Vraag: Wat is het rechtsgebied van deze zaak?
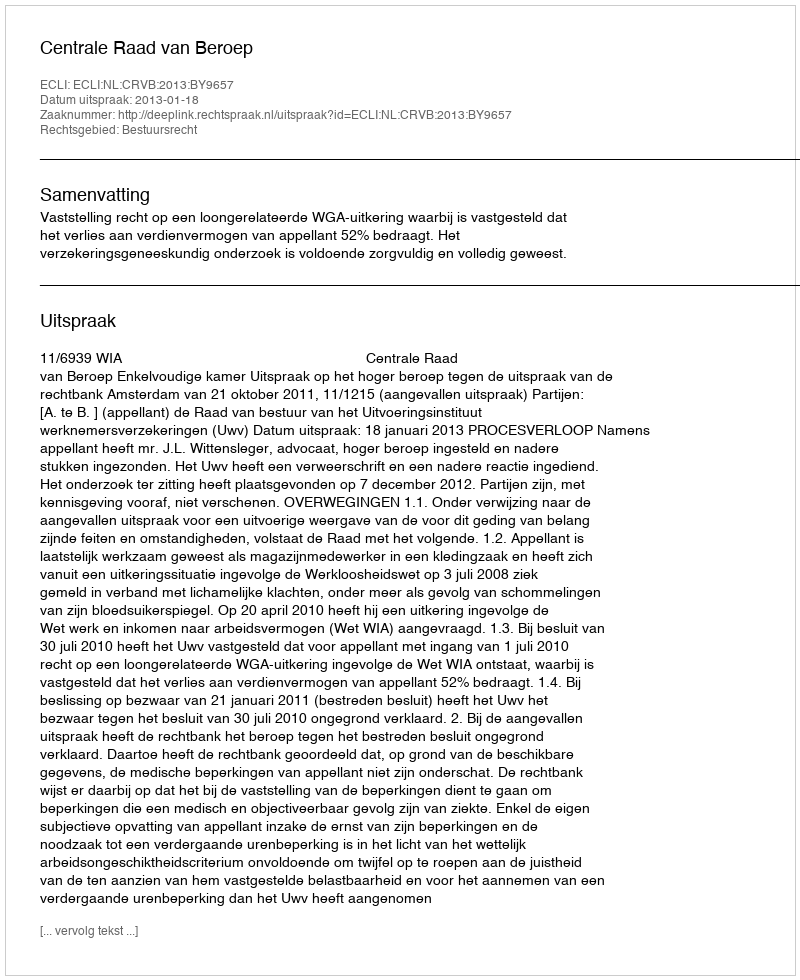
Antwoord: Bestuursrecht